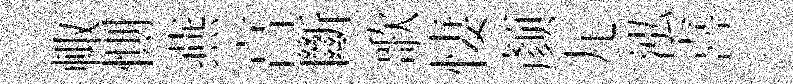
輙惻燕亯斷歌悽颜九泓喜